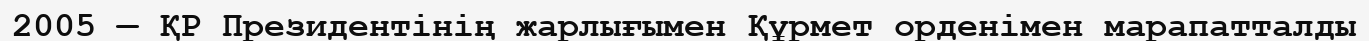
2005 — ҚР Президентінің жарлығымен Құрмет орденімен марапатталды